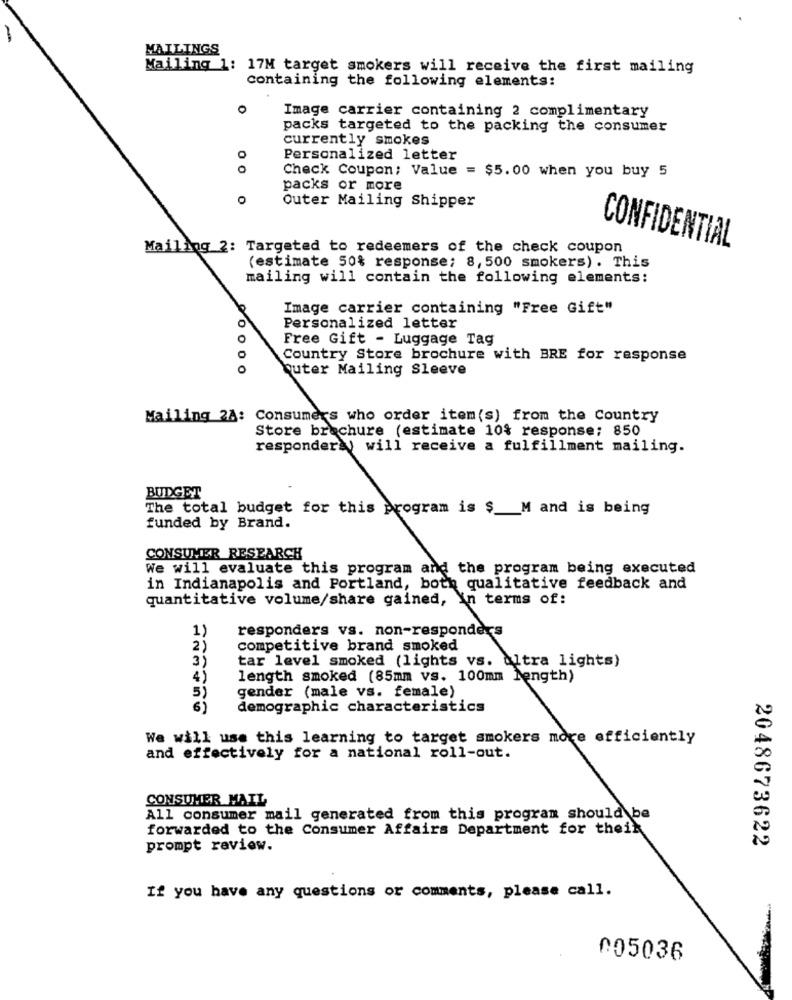
-
MAILINGS
Mailing 1: 17M target smokers will receive the first mailing
containing the following elements:
0
Image carrier containing 2 complimentary
packs targeted to the packing the consumer
currently smokes
Personalized letter
Check Coupon; Value = $5.00 when you buy 5
00
packs or more
0
Outer Mailing Shipper
Mailing 2: Targeted to redeemers of the check coupon
CONFIDENTIAL
(estimate 50% response; 8,500 smokers). This
mailing will contain the following elements:
Image carrier containing "Free Gift"
O
Personalized letter
0
Free Gift - Luggage Tag
Country Store brochure with BRE for response
0
Quter Mailing Sleeve
Mailing 2A: Consumers who order item(s) from the Country
Store brochure (estimate 10% response; 850
responderà will receive a fulfillment mailing.
BUDGET
The total budget for this program is $ __ M and is being
funded by Brand.
CONSUMER RESEARCH
We will evaluate this program and the program being executed
in Indianapolis and Portland, both qualitative feedback and
quantitative volume/share gained, In terms of:
1)
responders vs. non-responders
2)
competitive brand smoked
3)
tar level smoked (lights vs. ultra lights)
4)
length smoked (85mm vs. 100mm length)
5)
gender (male vs. female)
6)
demographic characteristics
We will use this learning to target smokers more efficiently
and effectively for a national roll-out.
CONSUMER MAIL
All consumer mail generated from this program should be
forwarded to the Consumer Affairs Department for thein
2048673622
prompt review.
If you have any questions or comments, please call.
005036